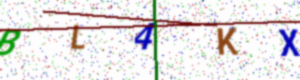
Text: BL4KX